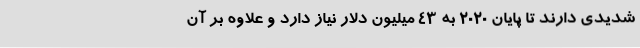
شدیدی دارند تا پایان 2020 به 43 میلیون دلار نیاز دارد و علاوه بر آن